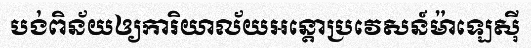
បង់ពិន័យឲ្យការិយាល័យអន្តោប្រវេសន៍ម៉ាឡេស៊ី